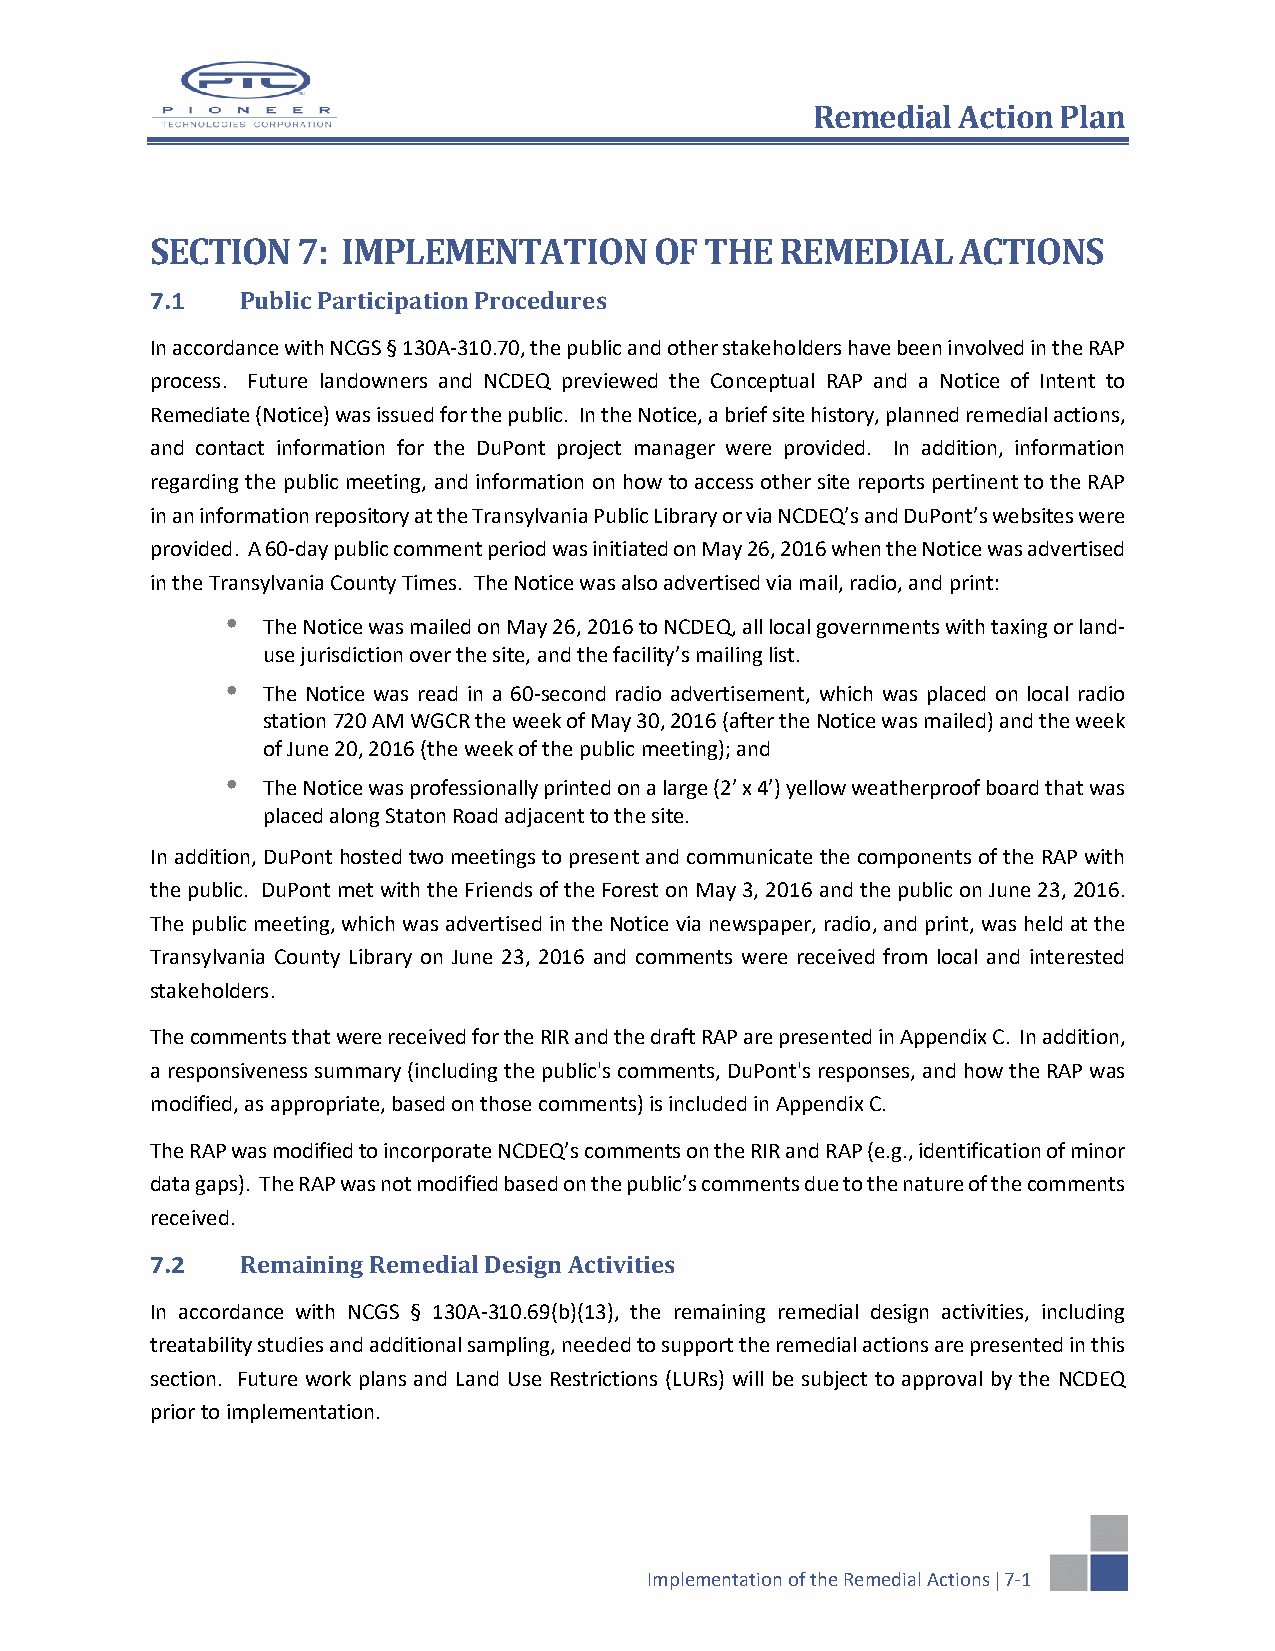
Remedial Action Plan
 SECTION   7: IMPLEMENTATION      OF  THE  REMEDIAL    ACTIONS
 7.1   Public Participation Procedures
 In accordance with NCGS § 130A-310.70, the public and other stakeholders have been involved in the RAP
 process. Future landowners and NCDEQ previewed the Conceptual RAP and a Notice of Intent to
 Remediate (Notice) was issued for the public. In the Notice, a brief site history, planned remedial actions,
 and contact information for the DuPont project manager were provided. In addition, information
 regarding the public meeting, and information on how to access other site reports pertinent to the RAP
 in an information repository at the Transylvania Public Library or via NCDEQ’s and DuPont’s websites were
 provided. A 60-day public comment period was initiated on May 26, 2016 when the Notice was advertised
 in the Transylvania County Times. The Notice was also advertised via mail, radio, and print:
  The Notice was mailed on May 26, 2016 to NCDEQ, all local governments with taxing or land-
 use jurisdiction over the site, and the facility’s mailing list.
  The Notice was read in a 60-second radio advertisement, which was placed on local radio
 station 720 AM WGCR the week of May 30, 2016 (after the Notice was mailed) and the week
 of June 20, 2016 (the week of the public meeting); and
  The Notice was professionally printed on a large (2’ x 4’) yellow weatherproof board that was
 placed along Staton Road adjacent to the site.
 In addition, DuPont hosted two meetings to present and communicate the components of the RAP with
 the public. DuPont met with the Friends of the Forest on May 3, 2016 and the public on June 23, 2016.
 The public meeting, which was advertised in the Notice via newspaper, radio, and print, was held at the
 Transylvania County Library on June 23, 2016 and comments were received from local and interested
 stakeholders.
 The comments that were received for the RIR and the draft RAP are presented in Appendix C. In addition,
 a responsiveness summary (including the public's comments, DuPont's responses, and how the RAP was
 modified, as appropriate, based on those comments) is included in Appendix C.
 The RAP was modified to incorporate NCDEQ’s comments on the RIR and RAP (e.g., identification of minor
 data gaps). The RAP was not modified based on the public’s comments due to the nature of the comments
 received.
 7.2   Remaining Remedial Design Activities
 In accordance with NCGS § 130A-310.69(b)(13), the remaining remedial design activities, including
 treatability studies and additional sampling, needed to support the remedial actions are presented in this
 section. Future work plans and Land Use Restrictions (LURs) will be subject to approval by the NCDEQ
 prior to implementation.
 Implementation of the Remedial Actions  7-1